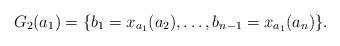
LaTeX: \begin{align*} G_2(a_1) = \{b_1=x_{a_1}(a_2),\ldots,b_{n-1}=x_{a_1}(a_n)\}.\end{align*}